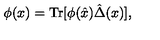
\phi ( x ) = \mathrm { T r } [ \phi ( \hat { x } ) \hat { \Delta } ( x ) ] ,